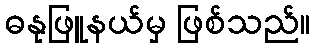
ဓနုဖြူနယ်မှ ဖြစ်သည်။